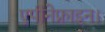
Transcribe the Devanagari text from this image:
एपीनेफ्राइन।